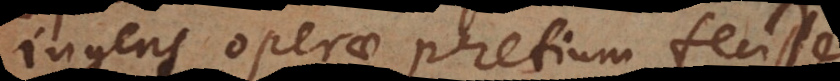
ingens operae pretium fecisse